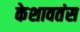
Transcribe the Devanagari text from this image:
केशावतंस